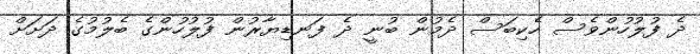
ދެ ފުލުހުންވެސް ހެކިބަސް ދެމުން ބުނީ ދެ ފަނޑިޔާރުން ފުލުހުންގެ ބެލުމުގެ ދަށަށް